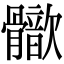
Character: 𩪢